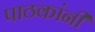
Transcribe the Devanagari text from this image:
पाठकांनी